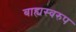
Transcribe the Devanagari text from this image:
बाह्यस्वरुप